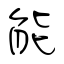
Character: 能